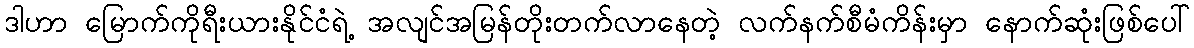
ဒါဟာ မြောက်ကိုရီးယားနိုင်ငံရဲ့ အလျင်အမြန်တိုးတက်လာနေတဲ့ လက်နက်စီမံကိန်းမှာ နောက်ဆုံးဖြစ်ပေါ်